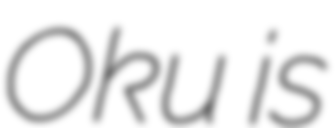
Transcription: Oku is